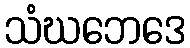
သံဃဘေဒေ